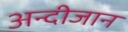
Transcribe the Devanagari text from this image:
अन्दीजान